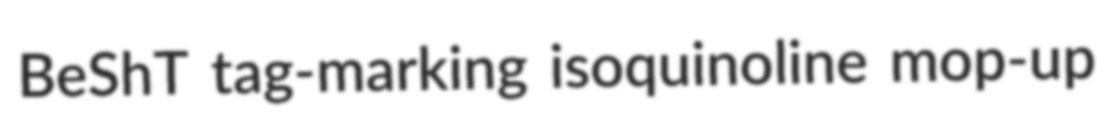
BeShT tag-marking isoquinoline mop-up